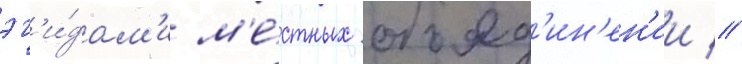
эг'и́дам'и м'е́стных объед'ин'ен'ии //